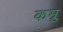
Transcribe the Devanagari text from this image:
कम्रु